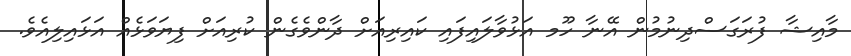
މާއިޝާ ފުރަގަސްދިނުމުން އޭނާ ހޫމ އަޅުވާލައިފައި ކައިރިއަށް ދާންވެގެން ކުރިއަށް ފިޔަވަޅެއް އަޅައިލިއެވެ.